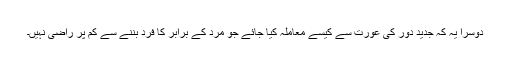
دوسرا یہ کہ جدید دور کی عورت سے کیسے معاملہ کیا جائے جو مرد کے برابر کا فرد بننے سے کم پر راضی نہیں۔